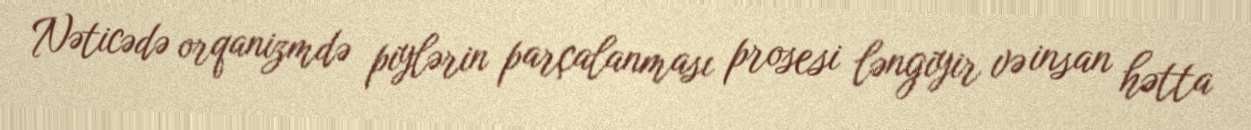
Nəticədə orqanizmdə piylərin parçalanması prosesi ləngiyir və insan hətta